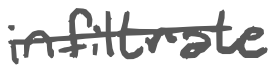
Text: infiltrate
Cross-out: single-line
Writing tool: digital_gray